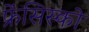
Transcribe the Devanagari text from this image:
फ्रेंसिस्‍को